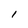
Character: l